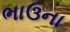
ભાઉના